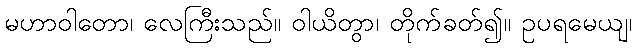
မဟာဝါတော၊ လေကြီးသည်။ ဝါယိတွာ၊ တိုက်ခတ်၍။ ဥပရမေယျ၊